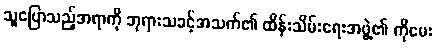
သူပြောသည့်အရာကို ဘုရားသခင့်အသက်၏ ထိန်းသိမ်းရေးအဖွဲ့၏ ကိုမေး